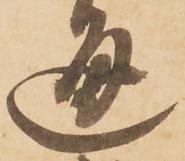
通